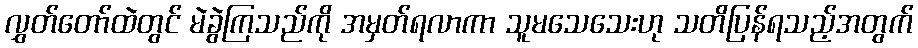
လွှတ်တော်ထဲတွင် မဲခွဲကြသည်ကို အမှတ်ရလာကာ သူမသေသေးဟု သတိပြန်ရသည့်အတွက်